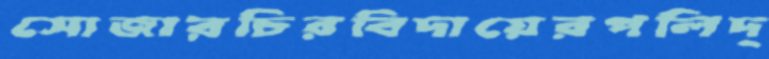
সোজারচিরবিদায়েরপলিদ্